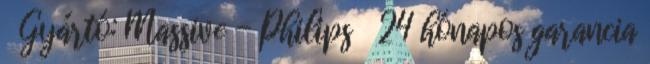
Gyártó: Massive - Philips 24 hónapos garancia